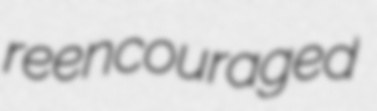
reencouraged